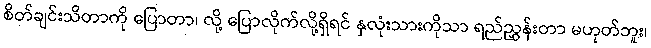
စိတ်ချင်းသိတာကို ပြောတာ၊ လို့ ပြောလိုက်လို့ရှိရင် နှလုံးသားကိုသာ ရည်ညွှန်းတာ မဟုတ်ဘူး၊